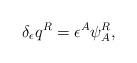
LaTeX: \begin{align*}\delta_\epsilon q^R = \epsilon^A \psi^R_A,\end{align*}